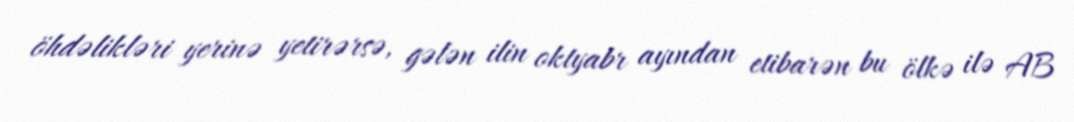
öhdəlikləri yerinə yetirərsə, gələn ilin oktyabr ayından etibarən bu ölkə ilə AB